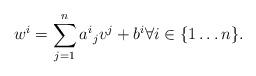
LaTeX: \begin{align*}w^i = \sum_{j=1}^n {a^i}_j v^j + b^i \forall i \in \{1\ldots n\}.\end{align*}